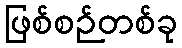
ဖြစ်စဉ်တစ်ခု